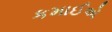
કમાઈએ